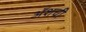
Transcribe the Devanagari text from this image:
ॲशची